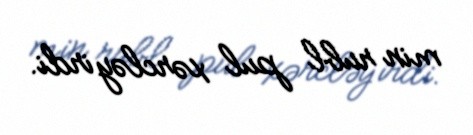
min rubl pul xərcləyirdi.